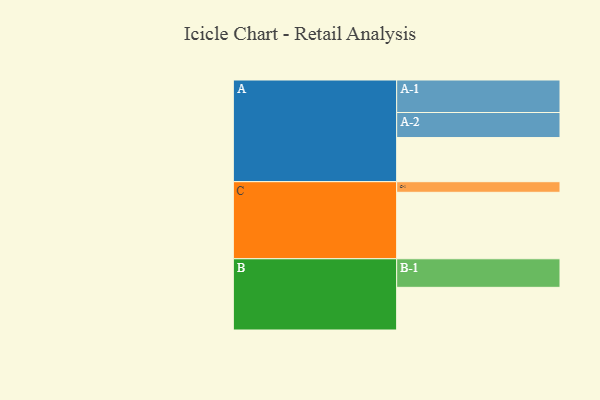
{"axis": {"x": "Segment", "y": "Value"}, "legend": ["", "A", "B", "C"], "data": [{"x": "A", "y": 391, "type": ""}, {"x": "B", "y": 378, "type": ""}, {"x": "C", "y": 589, "type": ""}, {"x": "A-1", "y": 288, "type": "A"}, {"x": "A-2", "y": 222, "type": "A"}, {"x": "B-1", "y": 253, "type": "B"}, {"x": "C-1", "y": 94, "type": "C"}]}